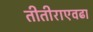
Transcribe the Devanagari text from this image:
तीतीराएवढा